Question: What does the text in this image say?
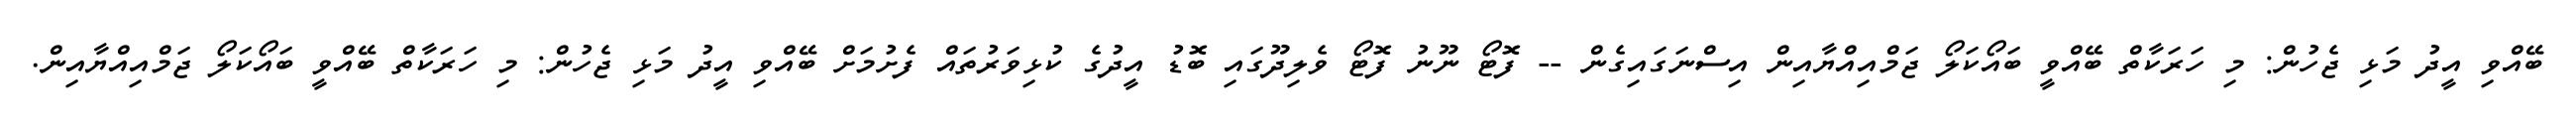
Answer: ބޭއްވި އީދު މަޅި ޖެހުން: މި ހަރަކާތް ބޭއްވީ ބައޯކަލޯ ޖަމްއިއްޔާއިން އިސްނަގައިގެން -- ފޮޓޯ ނޫނު ފޮޓޯ ވެލިދޫގައި ބޮޑު އީދުގެ ކުޅިވަރުތައް ފެށުމަށް ބޭއްވި އީދު މަޅި ޖެހުން: މި ހަރަކާތް ބޭއްވީ ބައޯކަލޯ ޖަމްއިއްޔާއިން.